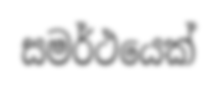
සමර්ථයෙක්